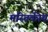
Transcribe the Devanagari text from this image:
मस्तिकीय